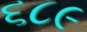
૬૮૯